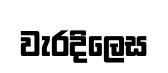
වැරදිලෙස